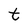
Character: t